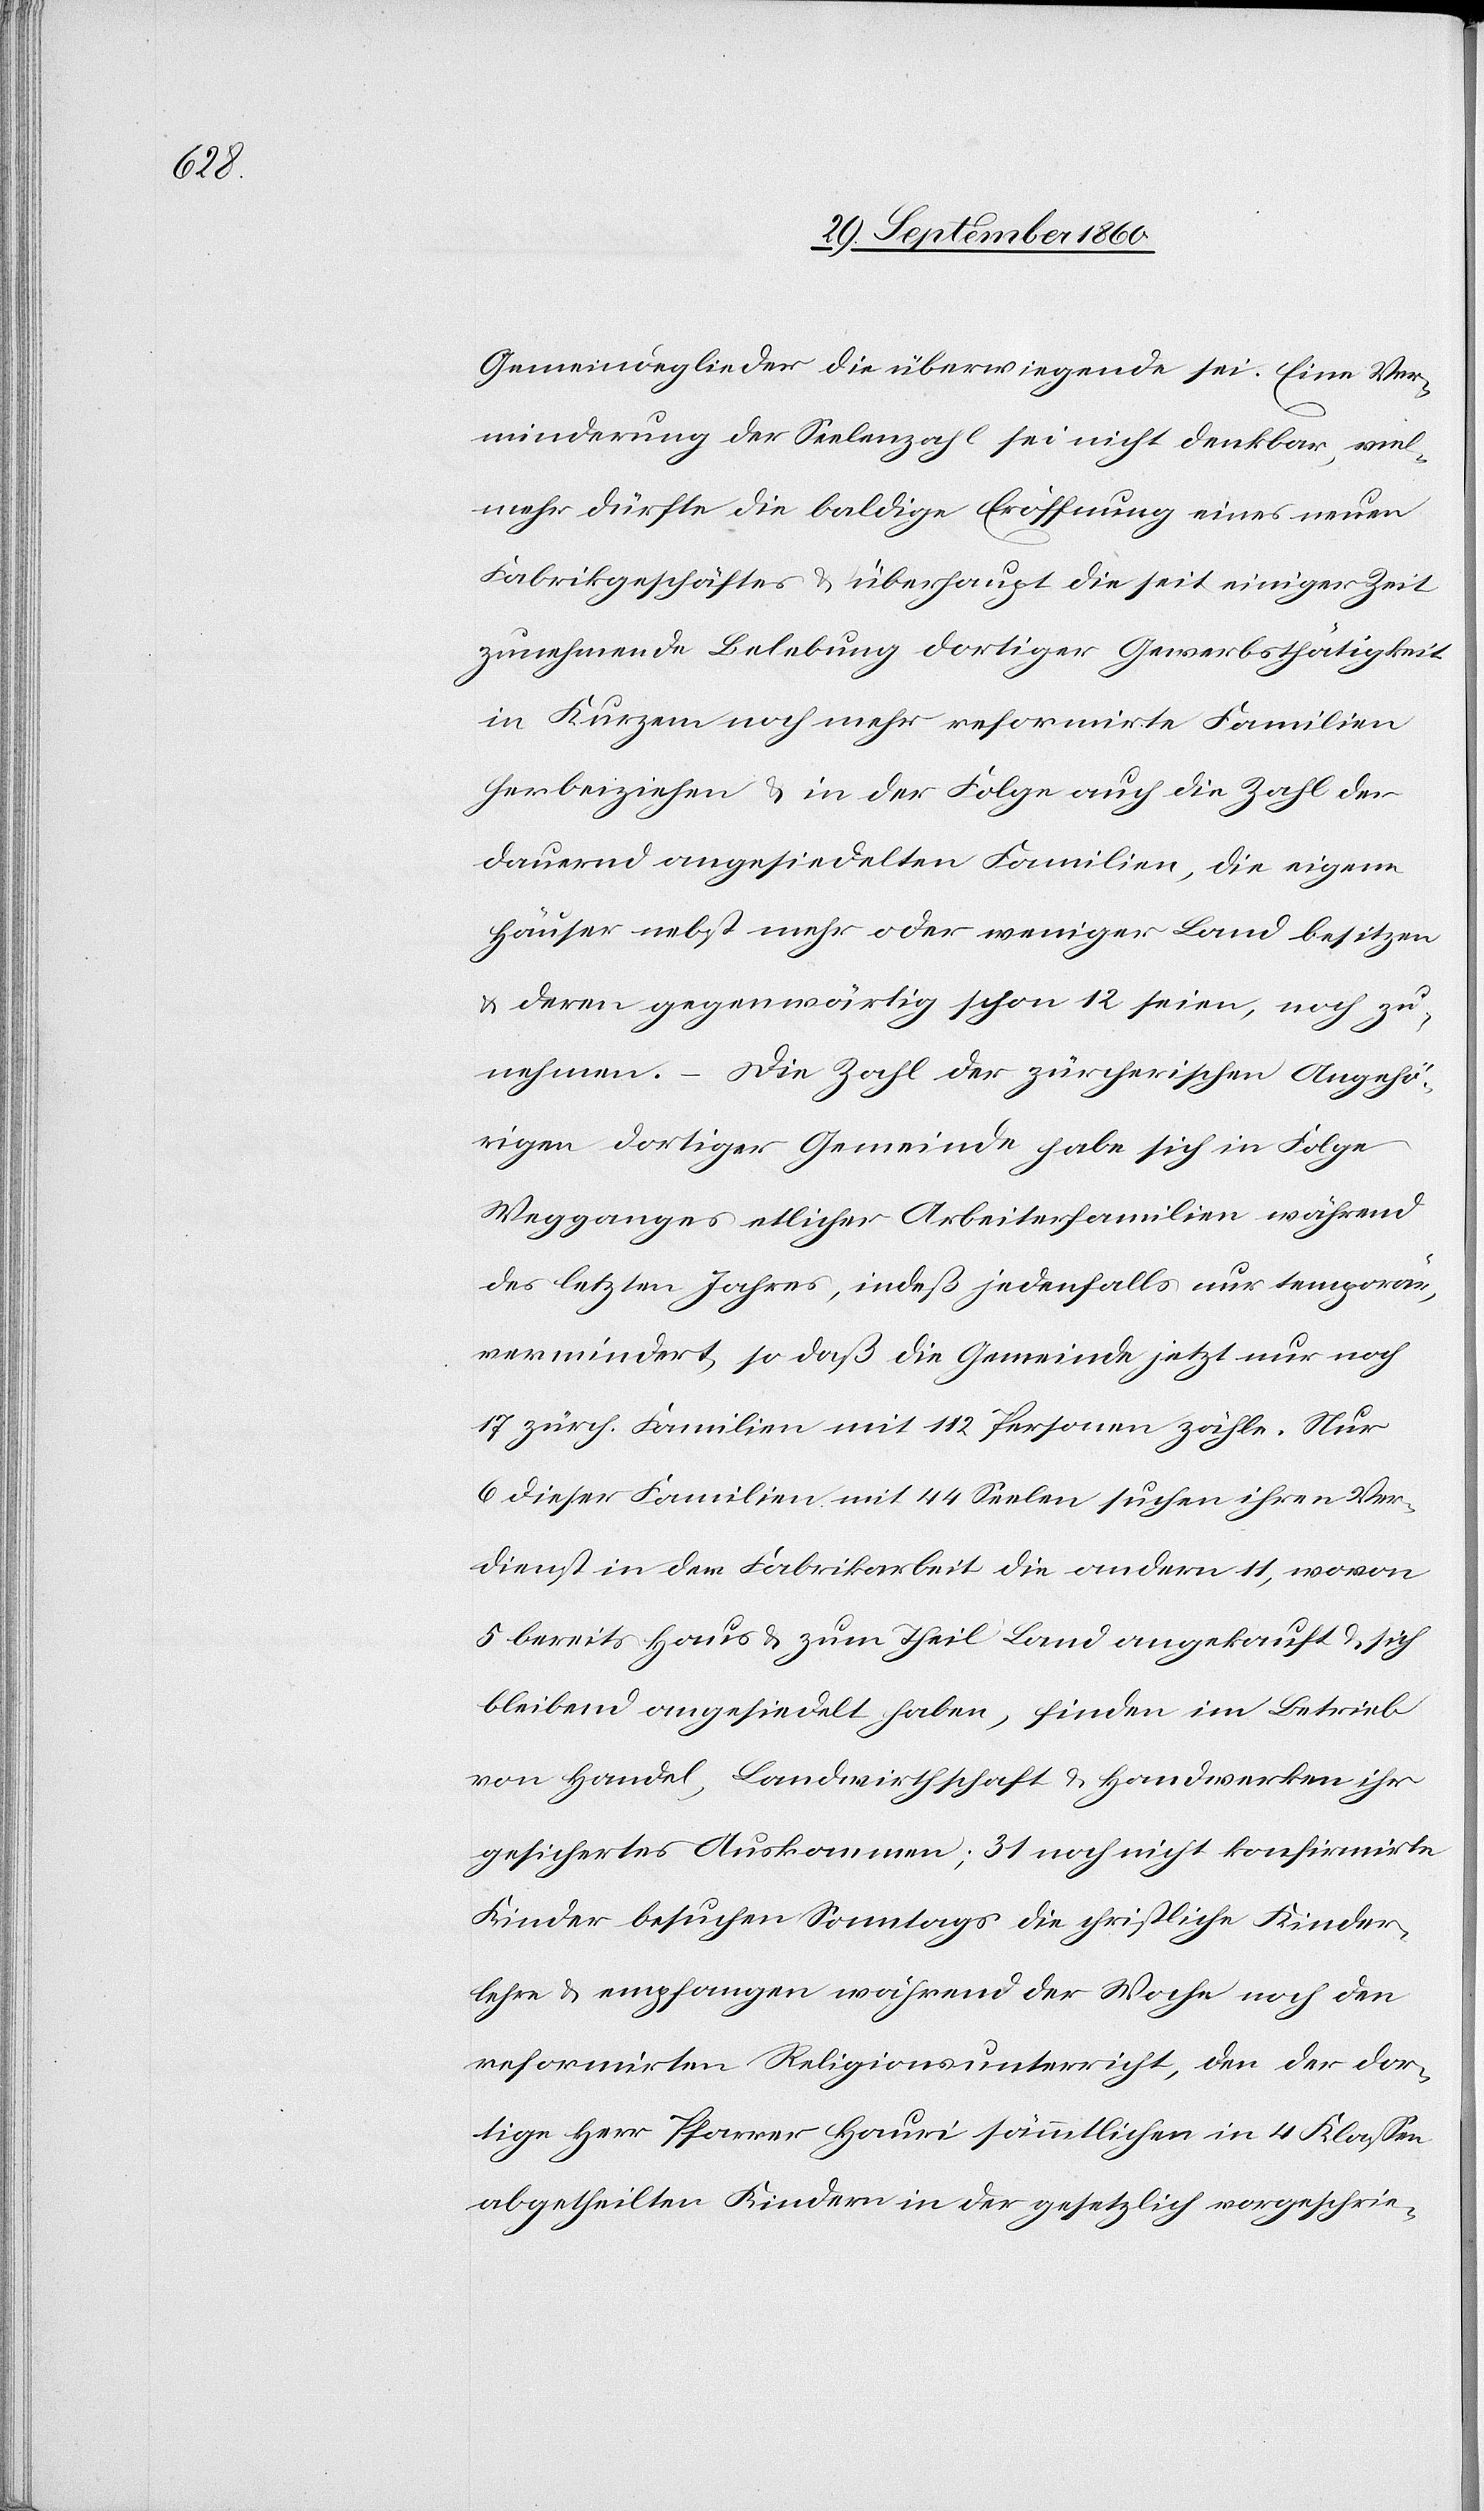
Gemeindeglieder die überwiegende sei. Eine Ver¬
minderung der Seelenzahl sei nicht denkbar, viel¬
mehr dürfte die baldige Eröffnung eines neuen
Fabrikgeschäftes & überhaupt die seit einiger Zeit
zunehmende Belebung dortiger Gewerbsthätigkeit
in Kurzem noch mehr reformirte Familien
herbeiziehen & in der Folge auch die Zahl der
dauernd angesiedelten Familien, die eigene
Häuser nebst mehr oder weniger Land besitzen
& deren gegenwärtig schon 12 seien, noch zu¬
nehmen. – Die Zahl der zürcherischen Angehö¬
rigen dortiger Gemeinde habe sich in Folge
Wegganges etlicher Arbeiterfamilien während
des letzten Jahres, indeß jedenfalls nur temporär
vermindert, so daß die Gemeinde jetzt nur noch
17 zürch. Familien mit 112 Personen zähle. Nur
6 dieser Familien mit 44 Seelen suchen ihren Ver¬
dienst in der Fabrikarbeit die andern 11, wovon
5 bereits Haus & zum Theil Land angekauft & sich
bleibend angesiedelt haben, finden im Betrieb
von Handel, Landwirthschaft & Handwerken ihr
gesichertes Auskommen; 31 noch nicht konfirmirte
Kinder besuchen Sonntags die christliche Kinder¬
lehre & empfangen während der Woche noch den
reformirten Religionsunterricht, den der dor¬
tige Herr Pfarrer Hauri sämmtlichen in 4 Klassen
abgetheilten Kindern in der gesetzlich vorgeschrie-